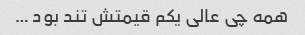
همه چی عالی یکم قیمتش تند بود …